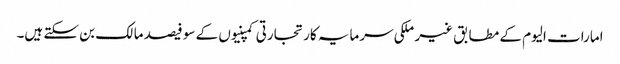
امارات الیوم کے مطابق غیر ملکی سرمایہ کار تجارتی کمپنیوں کے سو فیصد مالک بن سکتے ہیں۔